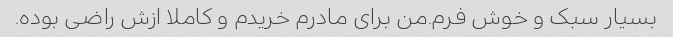
بسیار سبک و خوش فرم.من برای مادرم خریدم و کاملا ازش راضی بوده.